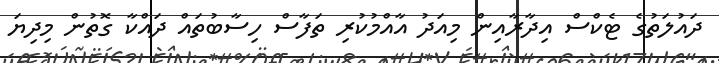
ދައުލަތުގެ ޓެކްސް އިދާރާއިން މިއަދު އާއްމުކުރި ތަފާސް ހިސާބުތައް ދައްކާ ގޮތުން މިދިޔަ